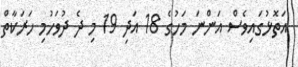
އަތޮޅުގައިވެސް އަންނަ މަހުގެ 18 އަދި 19 މި ދެ ދުވަހުމި ހަރަކާތް